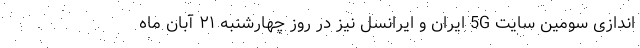
اندازی سومین سایت 5G ایران و ایرانسل نیز در روز چهارشنبه ۲۱ آبان ماه